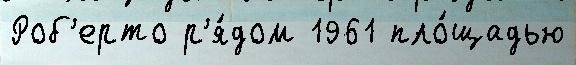
Роб'ерто р'я́дом 1961 пло́щадью